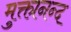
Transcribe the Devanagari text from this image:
मुक्तानन्द